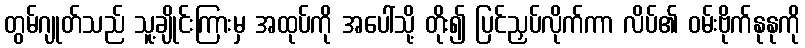
တွမ်ဂျုတ်သည် သူ့ချိုင်းကြားမှ အထုပ်ကို အပေါ်သို့ တိုး၍ ပြင်ညှပ်လိုက်ကာ လိပ်၏ ဝမ်းဗိုက်နုနုကို